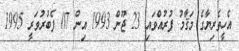
އެހީތެރިޔާގެ މަޤާމު ފުރުއްވައި 23 ޖޫން 1993 އިން 07 ފެބުރުވަރީ 1995